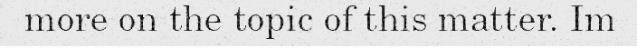
more on the topic of this matter. Im